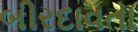
બીરદાવતા